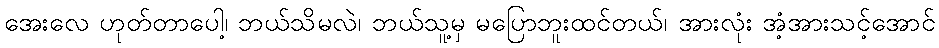
အေးလေ ဟုတ်တာပေါ့၊ ဘယ်သိမလဲ၊ ဘယ်သူ့မှ မပြောဘူးထင်တယ်၊ အားလုံး အံ့အားသင့်အောင်